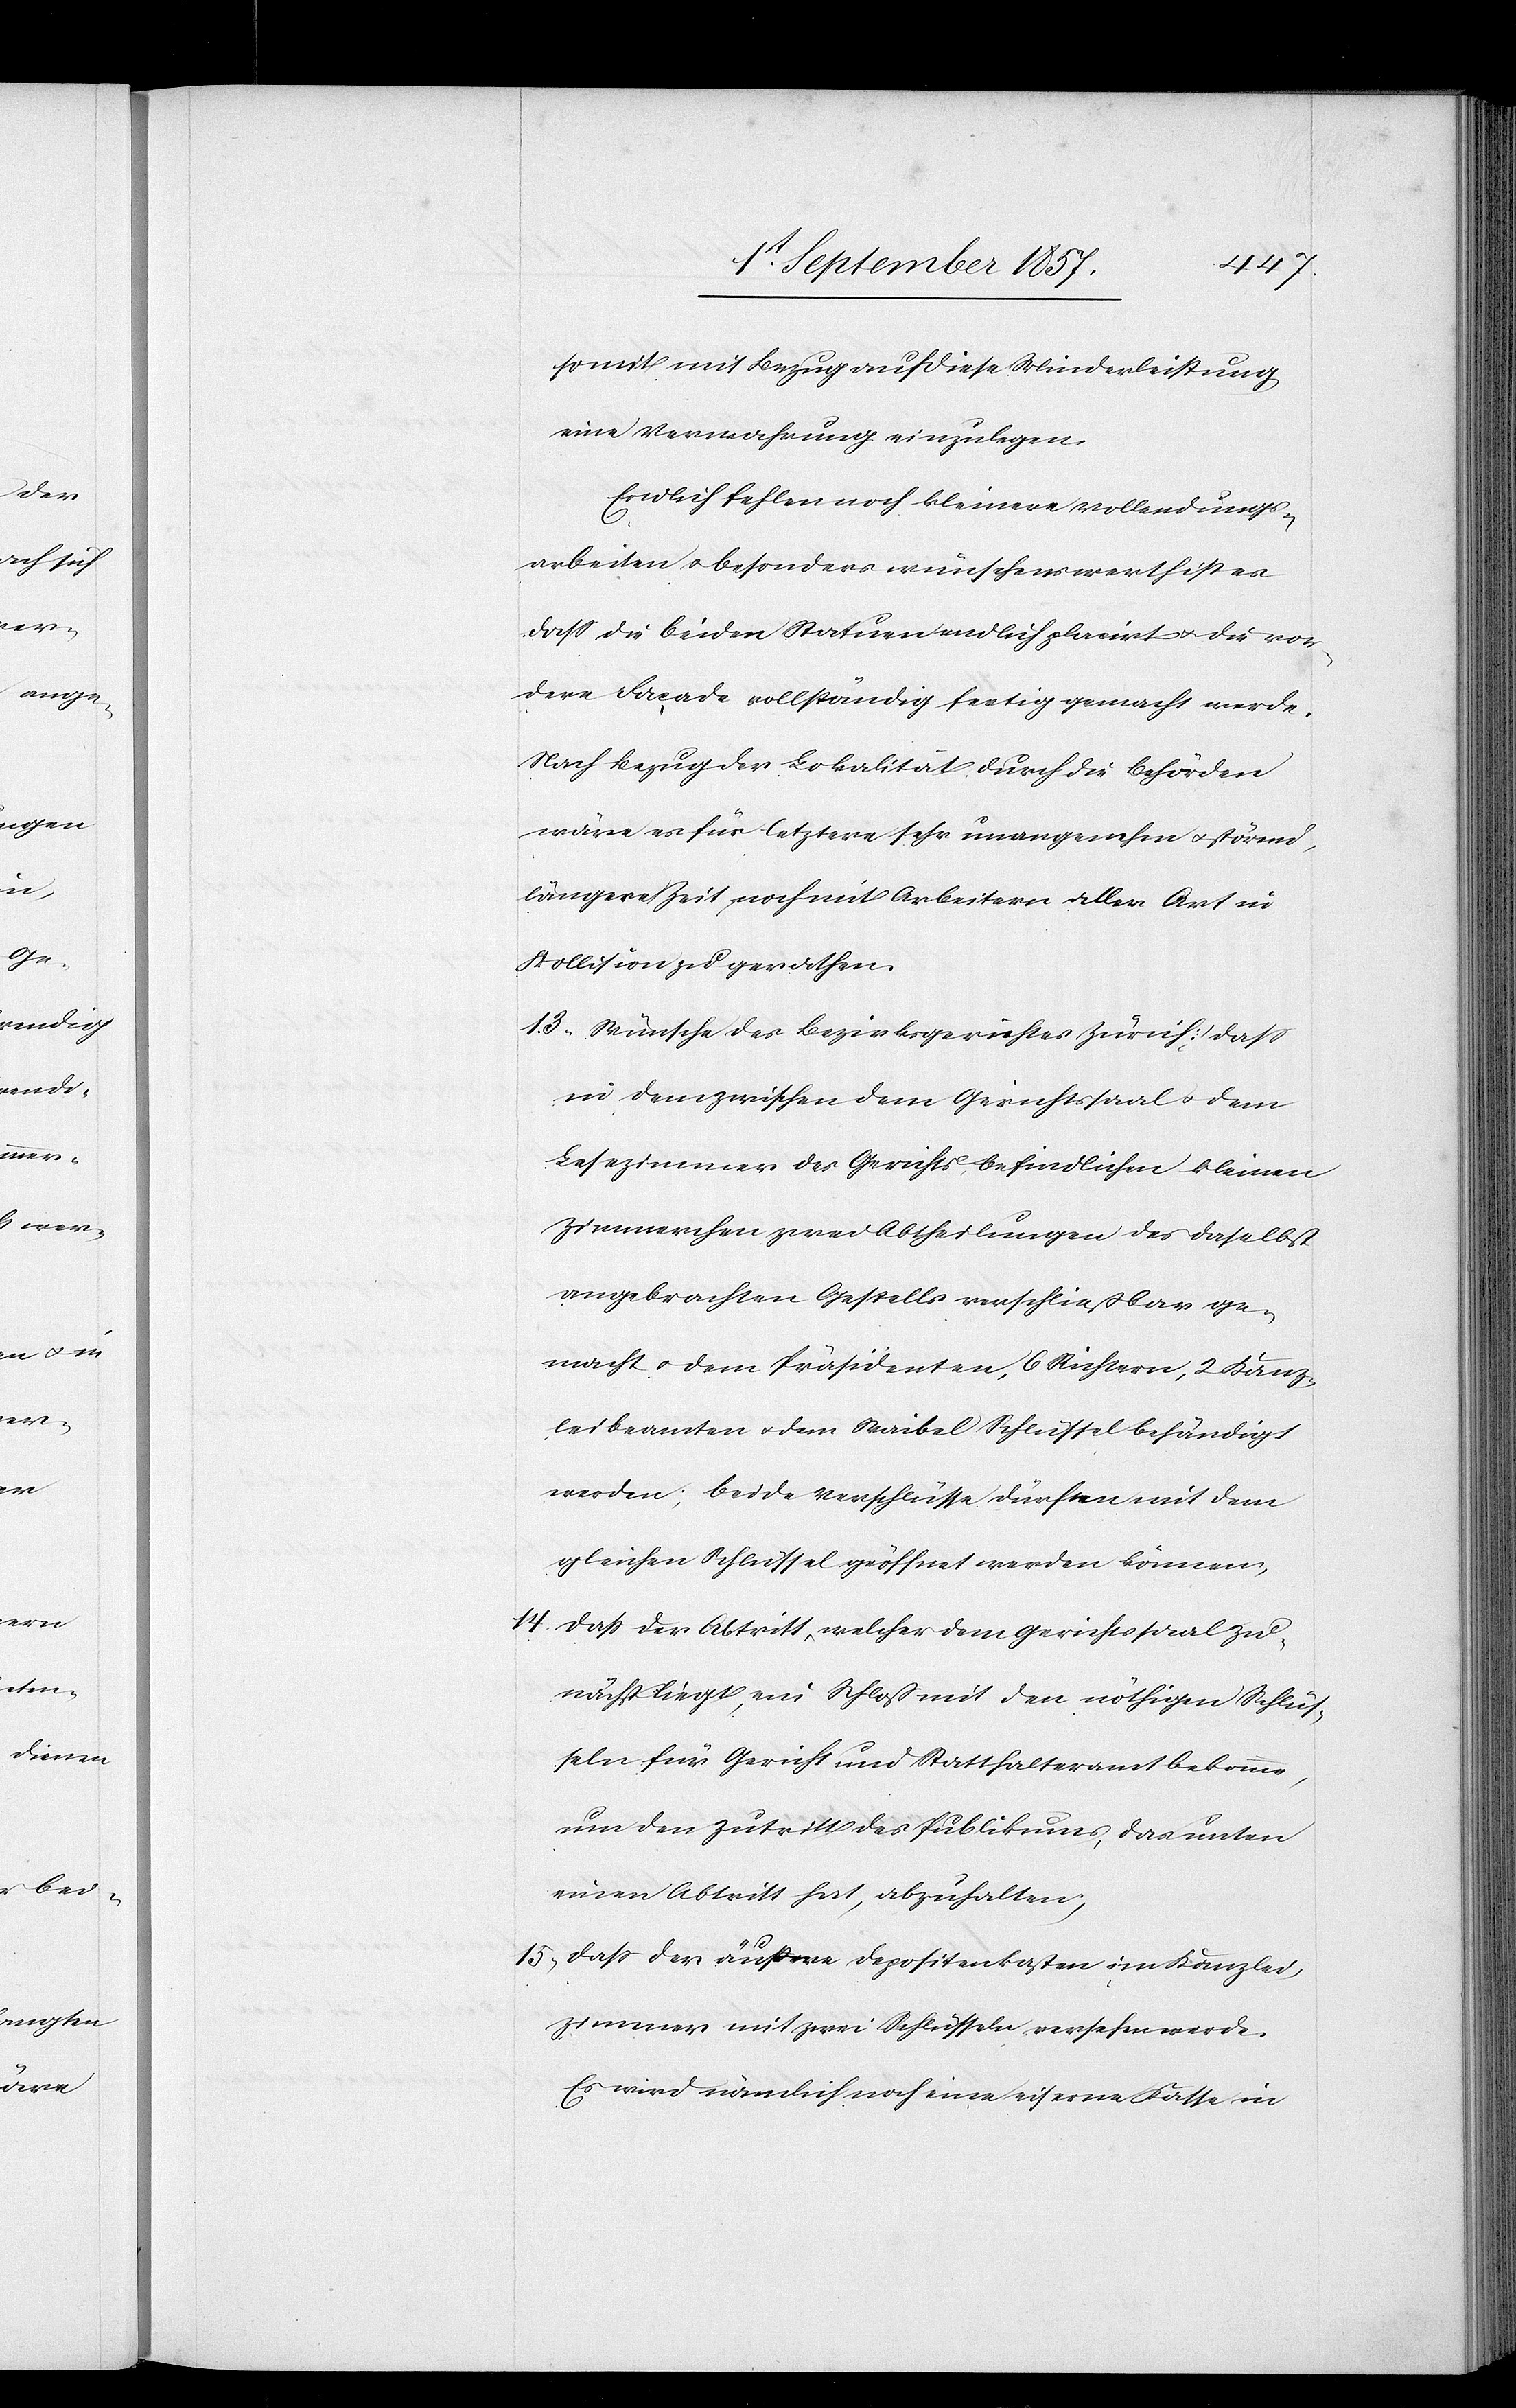
somit mit Bezug auf diese Minderleistung
eine Verwahrung einzulegen.
Endlich fehlen noch kleinere Vollendungs¬
arbeiten & besonders wünschenswerth ist es
daß die beiden Statuten endlich placirt & die vor¬
dere Facade vollständig fertig gemacht werde.
Nach Bezug der Lokalität durch die Behörden
wäre es für letztere sehr unangenehm & störend,
längere Zeit noch mit Arbeiten aller Art in
Kollision zu gerathen.
13) Wünsche des Bezirksgerichtes Zürich: daß
in dem zwischen dem Gerichtssaal & dem
Lesezimmer des Gerichts befindlichen kleinen
Zimmerchen zwei Abtheilungen des daselbst
angebrachten Gestells verschließbar ge¬
macht & dem Präsidenten, 6 Richtern, 2 Kanz¬
leibeamten & dem Waibel Schlüssel behändigt
werden; beide Verschlüsse dürfen mit dem
gleichen Schlüssel geöffnet werden können,
14) daß der Abtritt, welcher dem Gerichtssaal zu¬
nächst liegt, ein Schloß mit den nöthigen Schlüs¬
seln für Gericht und Statthalteramt bekomme,
um den Zutritt des Publikums, das unten
einen Abtritt hat, abzuhalten;
15) daß der äußere Depositenkasten im Kanzlei¬
zimmer mit zwei Schlüsseln versehen werde.
Es wird nämlich noch eine eiserne Kasse in